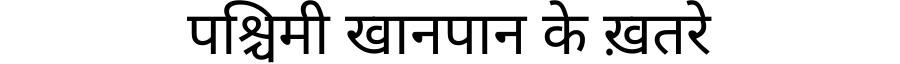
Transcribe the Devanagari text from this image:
पश्चिमी खानपान के ख़तरे